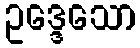
ဥဒ္ဒေသော